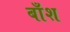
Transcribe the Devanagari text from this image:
बाँश